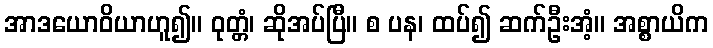
အာဒယောဝိယာဟူ၍။ ဝုတ္တံ၊ ဆိုအပ်ပြီ။ စ ပန၊ ထပ်၍ ဆက်ဦးအံ့။ အစ္စာယိက